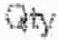
QTY